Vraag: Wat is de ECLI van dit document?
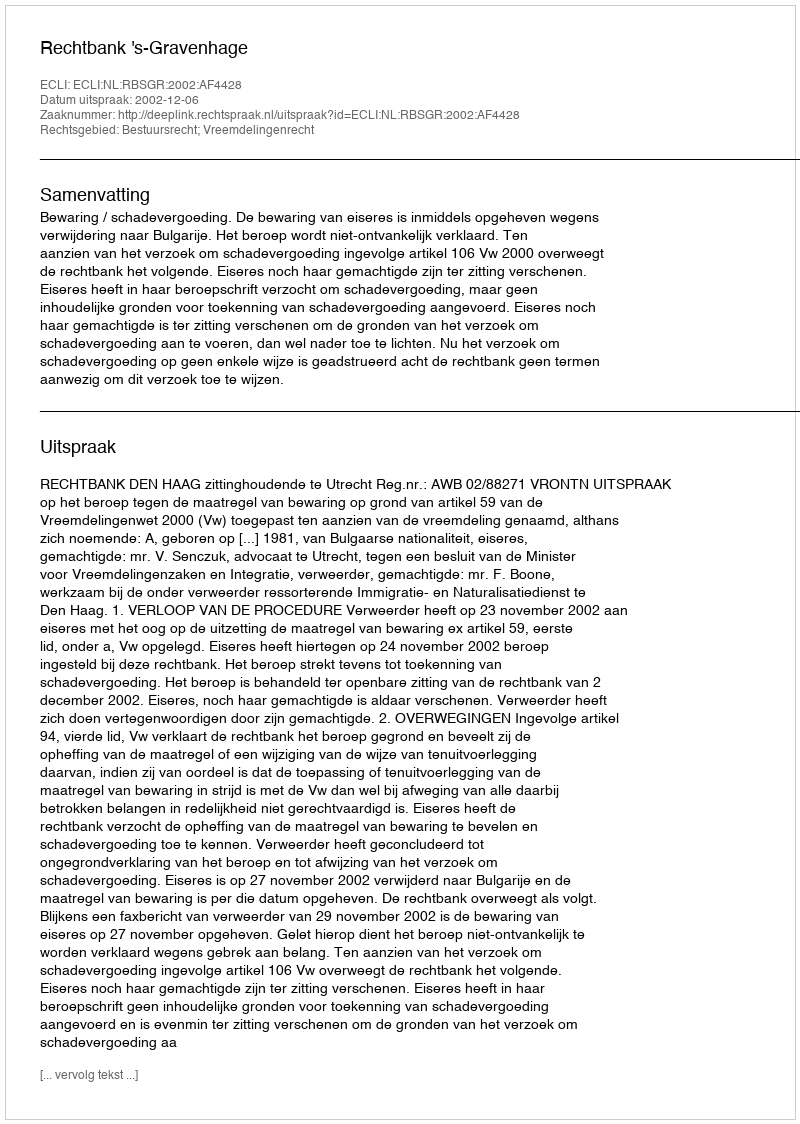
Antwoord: ECLI:NL:RBSGR:2002:AF4428